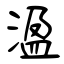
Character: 溋